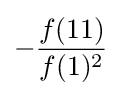
-{\frac {f(11)}{f(1)^{2}}}